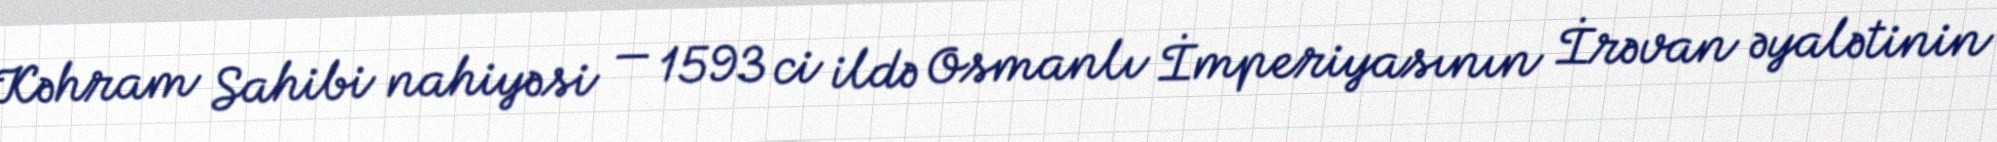
Kəhram Sahibi nahiyəsi — 1593 ci ildə Osmanlı İmperiyasının İrəvan əyalətinin